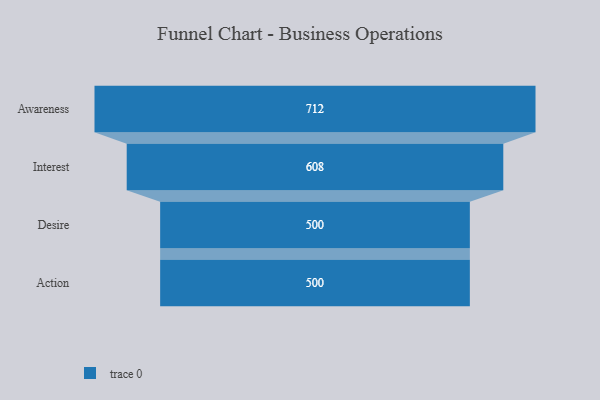
{"axis": {"x": "Stage", "y": "Value"}, "legend": [""], "data": [{"x": "Awareness", "y": 712.0, "type": ""}, {"x": "Interest", "y": 608.0, "type": ""}, {"x": "Desire", "y": 500, "type": ""}, {"x": "Action", "y": 500, "type": ""}]}